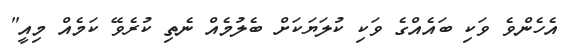
އެހެންވެ ވަކި ބައެއްގެ ވަކި ކުލަޔަކަށް ބެލުމެއް ނެތި ކުރެވޭ ކަމެއް މިއީ"